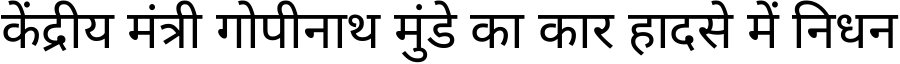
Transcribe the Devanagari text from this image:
केंद्रीय मंत्री गोपीनाथ मुंडे का कार हादसे में निधन